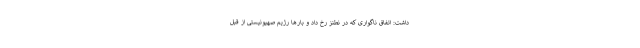
داشت: اتفاق ناگواری که در نطنز رخ داد و بارها رژیم صهیونیستی از قبل